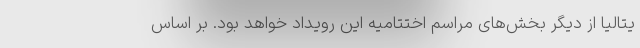
یتالیا از دیگر بخش‌های مراسم اختتامیه این رویداد خواهد بود. بر اساس